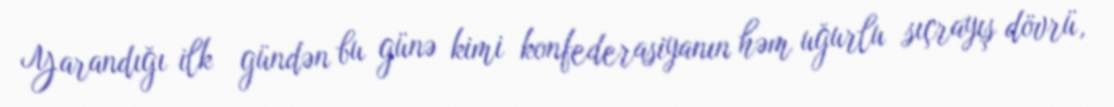
Yarandığı ilk gündən bu günə kimi konfederasiyanın həm uğurlu sıçrayış dövrü,